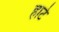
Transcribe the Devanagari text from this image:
हाटे